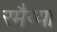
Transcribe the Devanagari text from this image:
रमैय्या